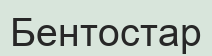
Бентостар